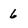
Character: 6